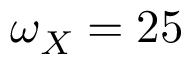
\omega _ { X } = 2 5